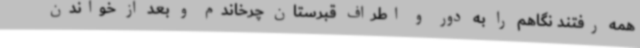
همه رفتند نگاهم را به دور و اطراف قبرستان چرخاندم و بعد از خواندن